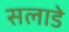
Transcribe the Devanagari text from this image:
सलाडे